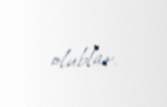
olublar.